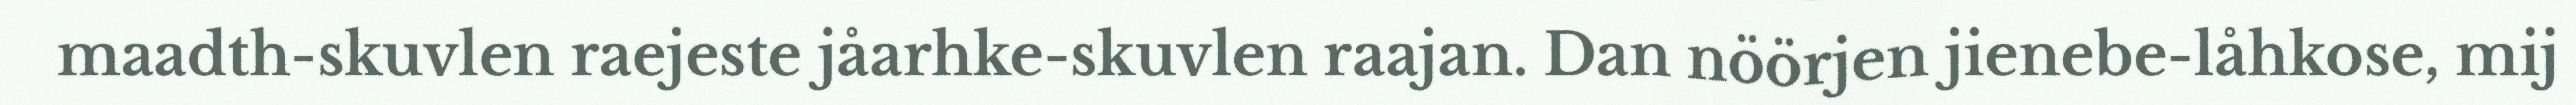
maadth-skuvlen raejeste jåarhke-skuvlen raajan. Dan nöörjen jienebe-låhkose, mij